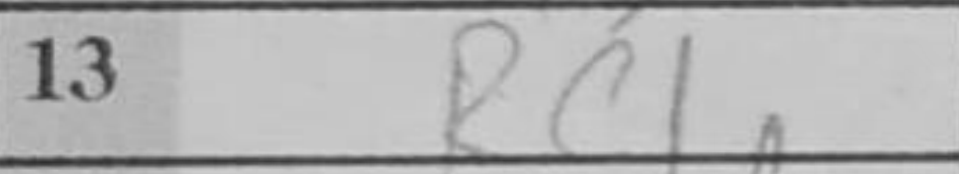
Transcription: Rc1